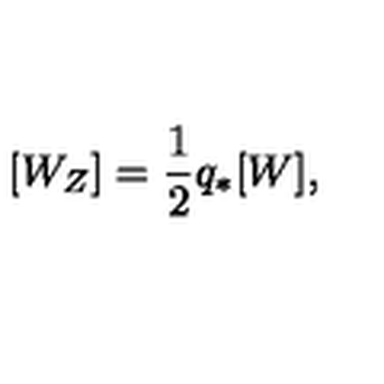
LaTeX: [ W _ { Z } ] = \frac { 1 } { 2 } q _ { * } [ W ] ,